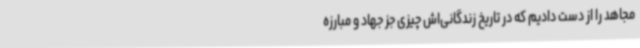
مجاهد را از دست دادیم که در تاریخ زندگانی‌اش چیزی جز جهاد و مبارزه